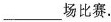
___场比赛。